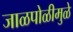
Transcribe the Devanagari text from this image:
जाळपोळीमुळे